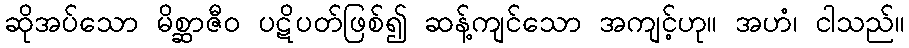
ဆိုအပ်သော မိစ္ဆာဇီဝ ပဋိပတ်ဖြစ်၍ ဆန့်ကျင်သော အကျင့်ဟု။ အဟံ၊ ငါသည်။